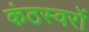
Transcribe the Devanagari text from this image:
कंठस्वरों